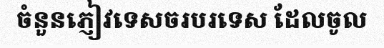
ចំនួនភ្ញៀវទេសចរបរទេស ដែលចូល